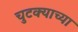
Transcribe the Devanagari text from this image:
चुटक्याच्या